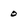
Character: 0